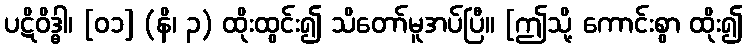
ပဋိဝိဒ္ဓါ၊ [၀၁] (နိ၊ ၃) ထိုးထွင်း၍ သိတော်မူအပ်ပြီ။ [ဤသို့ ကောင်းစွာ ထိုး၍